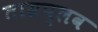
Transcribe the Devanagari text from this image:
ताम्रप्लव